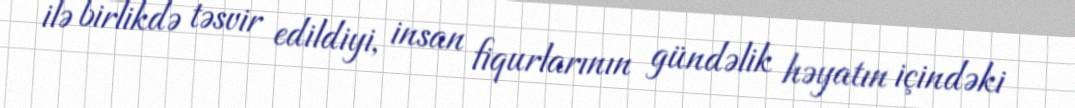
ilə birlikdə təsvir edildiyi, insan fiqurlarının gündəlik həyatın içindəki